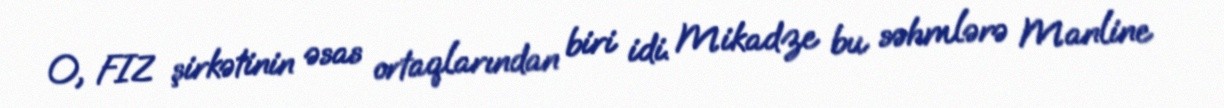
O, FIZ şirkətinin əsas ortaqlarından biri idi. Mikadze bu səhmlərə Manline